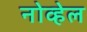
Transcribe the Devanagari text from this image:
नोव्हेल